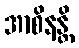
အာစိနန္တိ